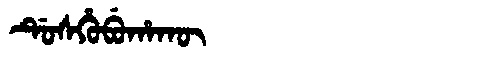
Manchu: ᡩᡠᠰᡥᡠᠪᡠᡥᠠᡴᡡ
Romanization: DUSHUBUHAKŪ